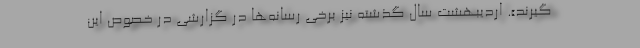
‌گیرند». اردیبهشت سال گذشته نیز برخی رسانه‌ها در گزارشی در خصوص این